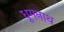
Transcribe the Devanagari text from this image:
धूमनाथ